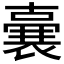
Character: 𭋛